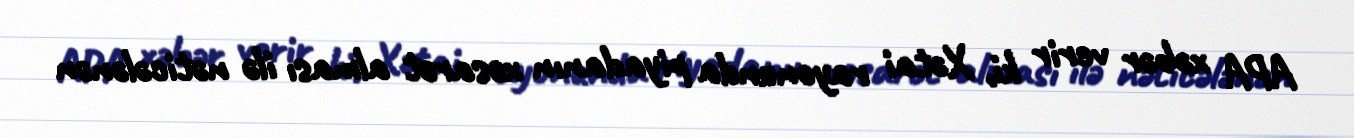
APA xəbər verir ki, Xətai rayonunda piyadanın xəsarət alması ilə nəticələnən